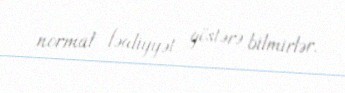
normal fəaliyyət göstərə bilmirlər.